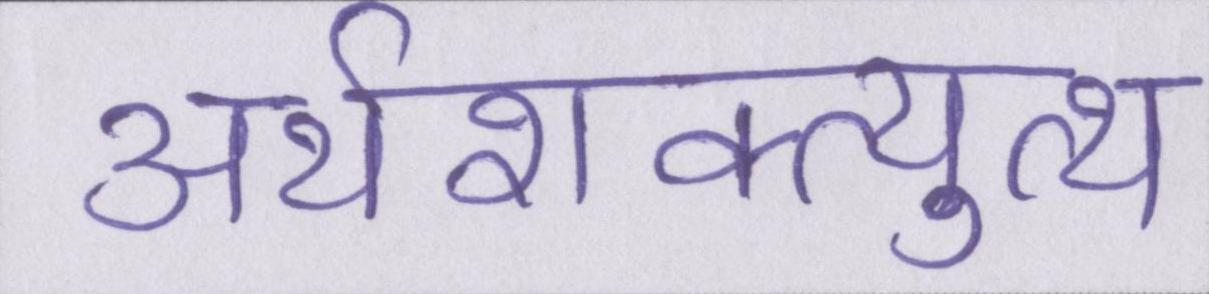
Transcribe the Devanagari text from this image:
अर्थशक्त्युत्थ